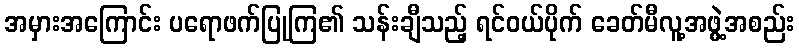
အမှားအကြောင်း ပရောဖက်ပြုကြ၏ သန်းချီသည့် ရင်ဝယ်ပိုက် ခေတ်မီလူ့အဖွဲ့အစည်း